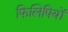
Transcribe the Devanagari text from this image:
फिलिपियों